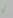
أو